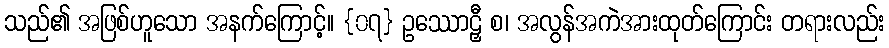
သည်၏ အဖြစ်ဟူသော အနက်ကြောင့်။ {၀၇} ဥဿောဠှီ စ၊ အလွန်အကဲအားထုတ်ကြောင်း တရားလည်း